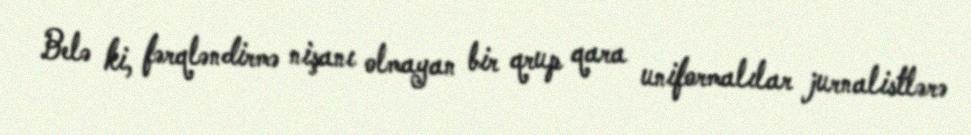
Belə ki, fərqləndirmə nişanı olmayan bir qrup qara uniformalılar jurnalistlərə